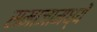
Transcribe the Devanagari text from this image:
समाजामध्यें